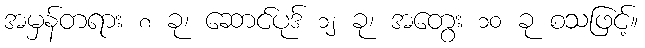
အမှန်တရား ၈ ခု၊ ဆောင်ပုဒ် ၁၂ ခု၊ အတွေး ၁၀ ခု စသဖြင့်။